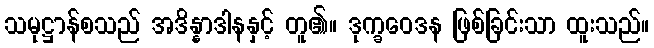
သမုဋ္ဌာန်စသည် အဒိန္နာဒါနနှင့် တူ၏။ ဒုက္ခဝေဒန ဖြစ်ခြင်းသာ ထူးသည်။